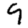
Digit: 9